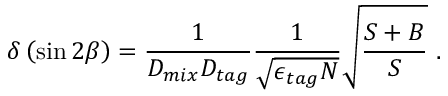
\delta \left( \sin 2 \beta \right) = \frac { 1 } { D _ { m i x } D _ { t a g } } \frac { 1 } { \sqrt { \epsilon _ { t a g } N } } \sqrt { \frac { S + B } { S } } \ .